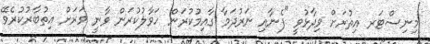
މިނިސްޓަރ އިތުރަށް ވިދާޅުވީ "ފެނާއި ނަރުދަމާ ގާއިމުކުރަން ހަވާލުކުރަން ވާނީ ވަރަށް އިތުބާރުކުރެވޭ